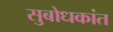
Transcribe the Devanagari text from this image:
सुबोधकांत